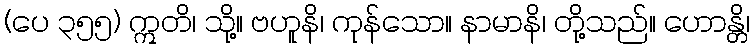
(ပေ ၃၅၅) ဣတိ၊ သို့။ ဗဟူနိ၊ ကုန်သော။ နာမာနိ၊ တို့သည်။ ဟောန္တိ၊